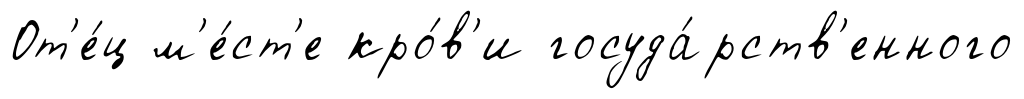
От'е́ц м'е́ст'е кро́в'и госуда́рств'енного